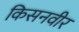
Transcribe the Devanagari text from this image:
किसनवीर